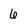
Character: 6